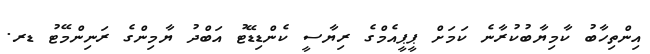
އިންތިހާބު ކާމިޔާބުކުރާނެ ކަމަށް ޕީޕީއެމްގެ ރިޔާސީ ކެންޑިޑޭޓު އަބްދު ޔާމިންގެ ރަނިންމޭޓު ޑރ.